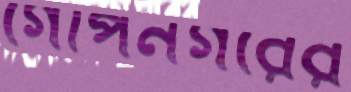
গোপনগরের